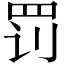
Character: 罚